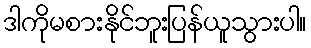
ဒါကိုမစားနိုင်ဘူးပြန်ယူသွားပါ။